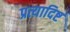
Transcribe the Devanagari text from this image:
प्रत्यादिष्ट